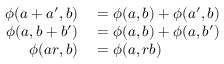
\begin{array} { r l } { \phi ( a + a ^ { \prime } , b ) } & { { } = \phi ( a , b ) + \phi ( a ^ { \prime } , b ) } \\ { \phi ( a , b + b ^ { \prime } ) } & { { } = \phi ( a , b ) + \phi ( a , b ^ { \prime } ) } \\ { \phi ( a r , b ) } & { { } = \phi ( a , r b ) } \end{array}